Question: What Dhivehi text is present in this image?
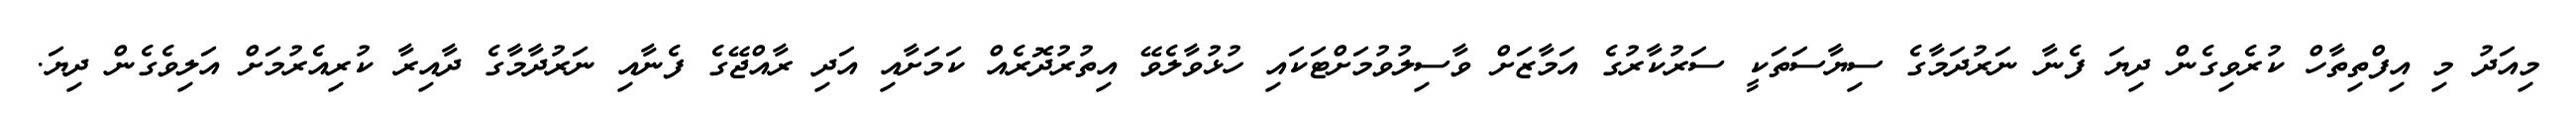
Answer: މިއަދު މި އިފްތިތާހް ކުރެވިގެން ދިޔަ ފެނާ ނަރުދަމާގެ ސިޔާސަތަކީ ސަރުކާރުގެ އަމާޒަށް ވާސިލުވުމަށްޓަކައި ހުޅުވާލެވޭ އިތުރުދޮރެއް ކަމަށާއި އަދި ރާއްޖޭގެ ފެނާއި ނަރުދާމާގެ ދާއިރާ ކުރިއެރުމަށް އަލިވެގެން ދިޔަ.